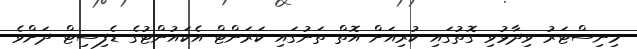
މިނިސްޓަރު ވިދާޅުވި ގޮތުގައި ކުރިއަށް އޮތް ތަނުގައި ކަރަންޓް އެކައުންޓުގެ ޑެފިސިޓް ދަށްވެ